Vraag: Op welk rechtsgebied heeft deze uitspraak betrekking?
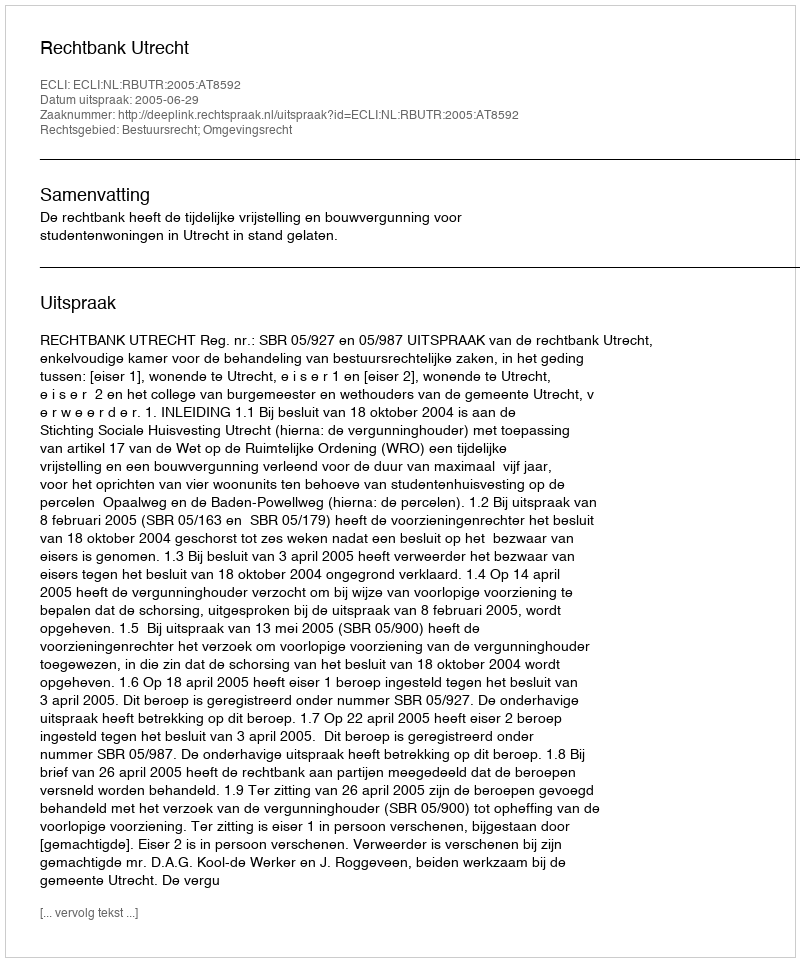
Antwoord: Bestuursrecht; Omgevingsrecht